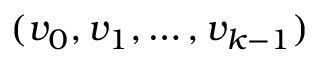
( v _ { 0 } , v _ { 1 } , \ldots , v _ { k - 1 } )